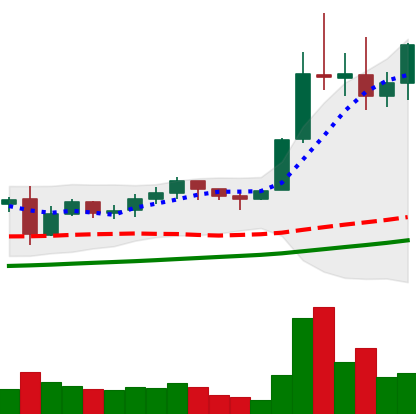
Ticker: LTC-USD
Chart end date: 2021-11-14
Forward return: -21.535%
Label: down_7plus